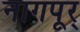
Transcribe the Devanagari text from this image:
नागपूर्